Civil Veterinary Dept. North-West Frontier Province 1901-22 - 1901-1922
Year: 1901
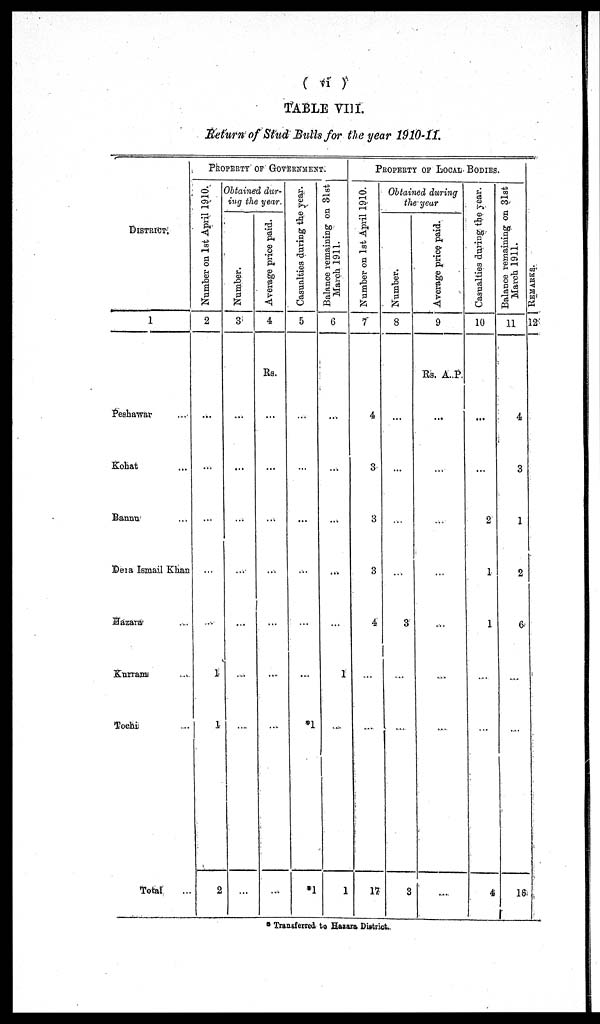
(vi)
TABLE VIII.
Return of Stud Bulls for the year 1910-11.
DISTRICT.
1
Peshawar ...
Kohat ...
Bannn ...
Dera Ismail Khan
Hazara ...
Kurram ...
Tochi ...
Total ...
PROPERTY OF GOVERNMENT.
Number on 1st April 1910.
2
...
...
...
...
...
1
1
2
Obtained dur-
ing the year.
Number.
3
...
...
...
...
...
...
...
Average price paid.
4
Rs.
...
...
...
...
...
...
...
...
Casualties during the year.
5
...
...
...
...
....
*1
*1
Balance remaining on 31st
March 1911.
6
...
...
...
...
...
1
...
1
PROPERTY OF LOCAL BODIES.
Number on 1st April 1910.
7
4
3
3
3
4
...
...
17
Obtained during
the year
Number.
8
...
...
...
...
3
...
...
3
Average price paid.
9
Rs. A. P
...
...
...
...
...
...
...
Casualties during the year.
10
...
...
2
1
1
...
...
4
Balance remaining on 31st
March 1911.
11
4
3
1
2
6
...
...
16
RE MARKS .
12
* Transferred to Hasara District.